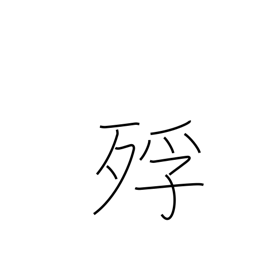
Meaning: dying of starvation